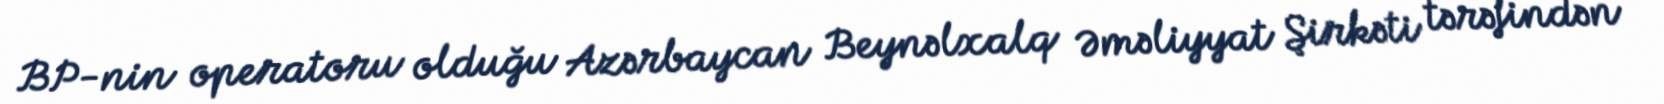
BP-nin operatoru olduğu Azərbaycan Beynəlxalq Əməliyyat Şirkəti tərəfindən